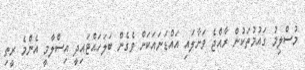
މުސްލިމު ގައުމުތަކުން ރާއްޖެ ވަށާލައި އައްޑަނައަކަށް ވެގެން ބަލަހައްޓައިދީ އިސްލާމީ އެންމެ ރީތި